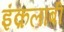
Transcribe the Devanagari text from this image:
इंक़लाबी